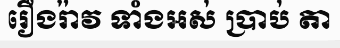
រឿងរ៉ាវ ទាំងអស់ ប្រាប់ តា